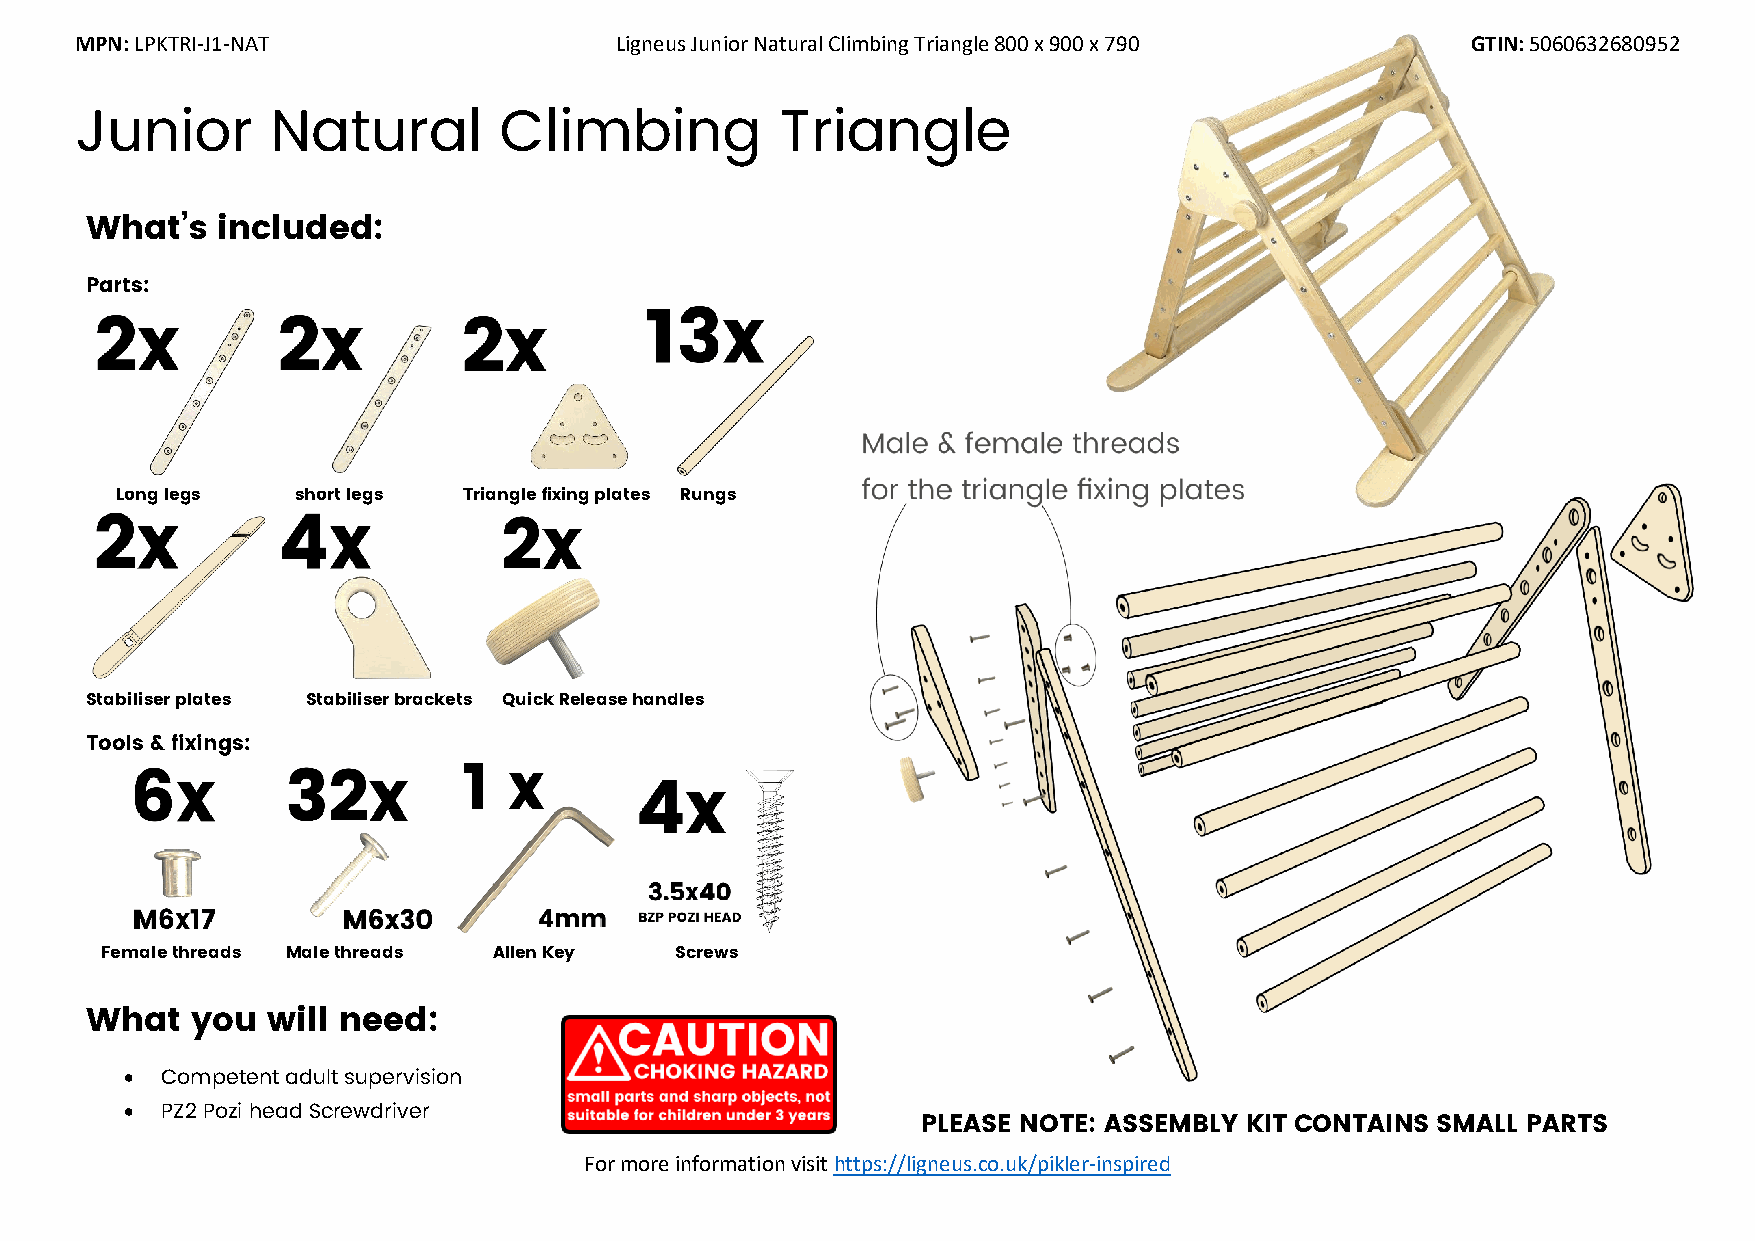
MPN: LPKTRI-J1-NAT                  Ligneus Junior Natural Climbing Triangle 800 x 900 x 790 GTIN: 5060632680952
 Junior       Natural        Climbing           Triangle
 What’s  included:
 Parts:
 Long legs   short legs Triangle fixing plates Rungs
 Stabiliser plates Stabiliser brackets Quick Release handles
 Tools & fixings:
 Female threads Male threads Allen Key Screws
 What   you  will need:
 •
 Competent adult supervision
 •
 PZ2 Pozi head Screwdriver
 PLEASE NOTE: ASSEMBLY KIT CONTAINS SMALL PARTS
 For more information visit https://ligneus.co.uk/pikler-inspired